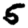
Digit: 5